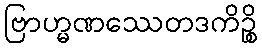
ဗြာဟ္မဏဿေတဒကိဉ္စိ